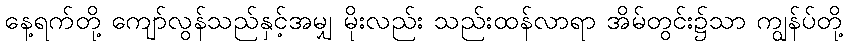
နေ့ရက်တို့ ကျော်လွန်သည်နှင့်အမျှ မိုးလည်း သည်းထန်လာရာ အိမ်တွင်း၌သာ ကျွန်ပ်တို့